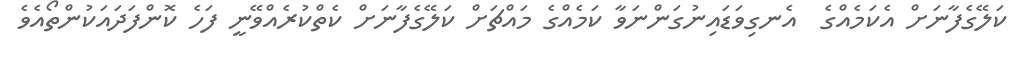
ކަލޭގެފާނަށް އެކަމެއްގެ  އެނގިވަޑައިނުގަންނަވާ ކަމެއްގެ މައްޗަށް ކަލޭގެފާނަށް ކެތްކުރެއްވޭނީ ފަހެ ކޮންފަދައަކުންތޯއެވެ